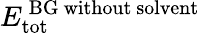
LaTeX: E_{\mathrm{tot}}^{\mathrm{\, BG\ without\ solvent}}